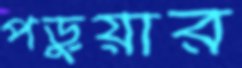
পড়ুয়ার